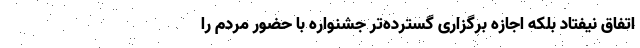
اتفاق نیفتاد بلکه اجازه برگزاری گسترده‌تر جشنواره با حضور مردم را